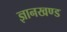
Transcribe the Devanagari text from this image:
ज्ञानखण्ड